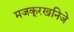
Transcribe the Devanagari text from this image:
मजकूरखनिजे